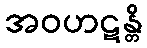
အဝဟဋန္တိ